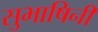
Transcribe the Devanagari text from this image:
सुभाषिनी